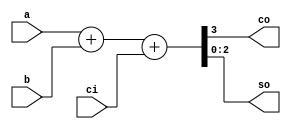
/*
 * Antonio Aguilar
 * Sumador aritmetico de 3 bits
*/

module sum3ba(input[2:0] a, b, input ci, output co, output[2:0] so);
	assign {co, so} = a + b + ci;
endmodule